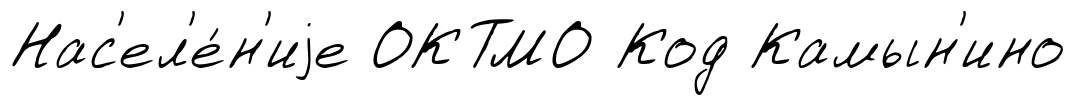
Нас'ел'е́н'иjе ОКТМО Код Камын'ино